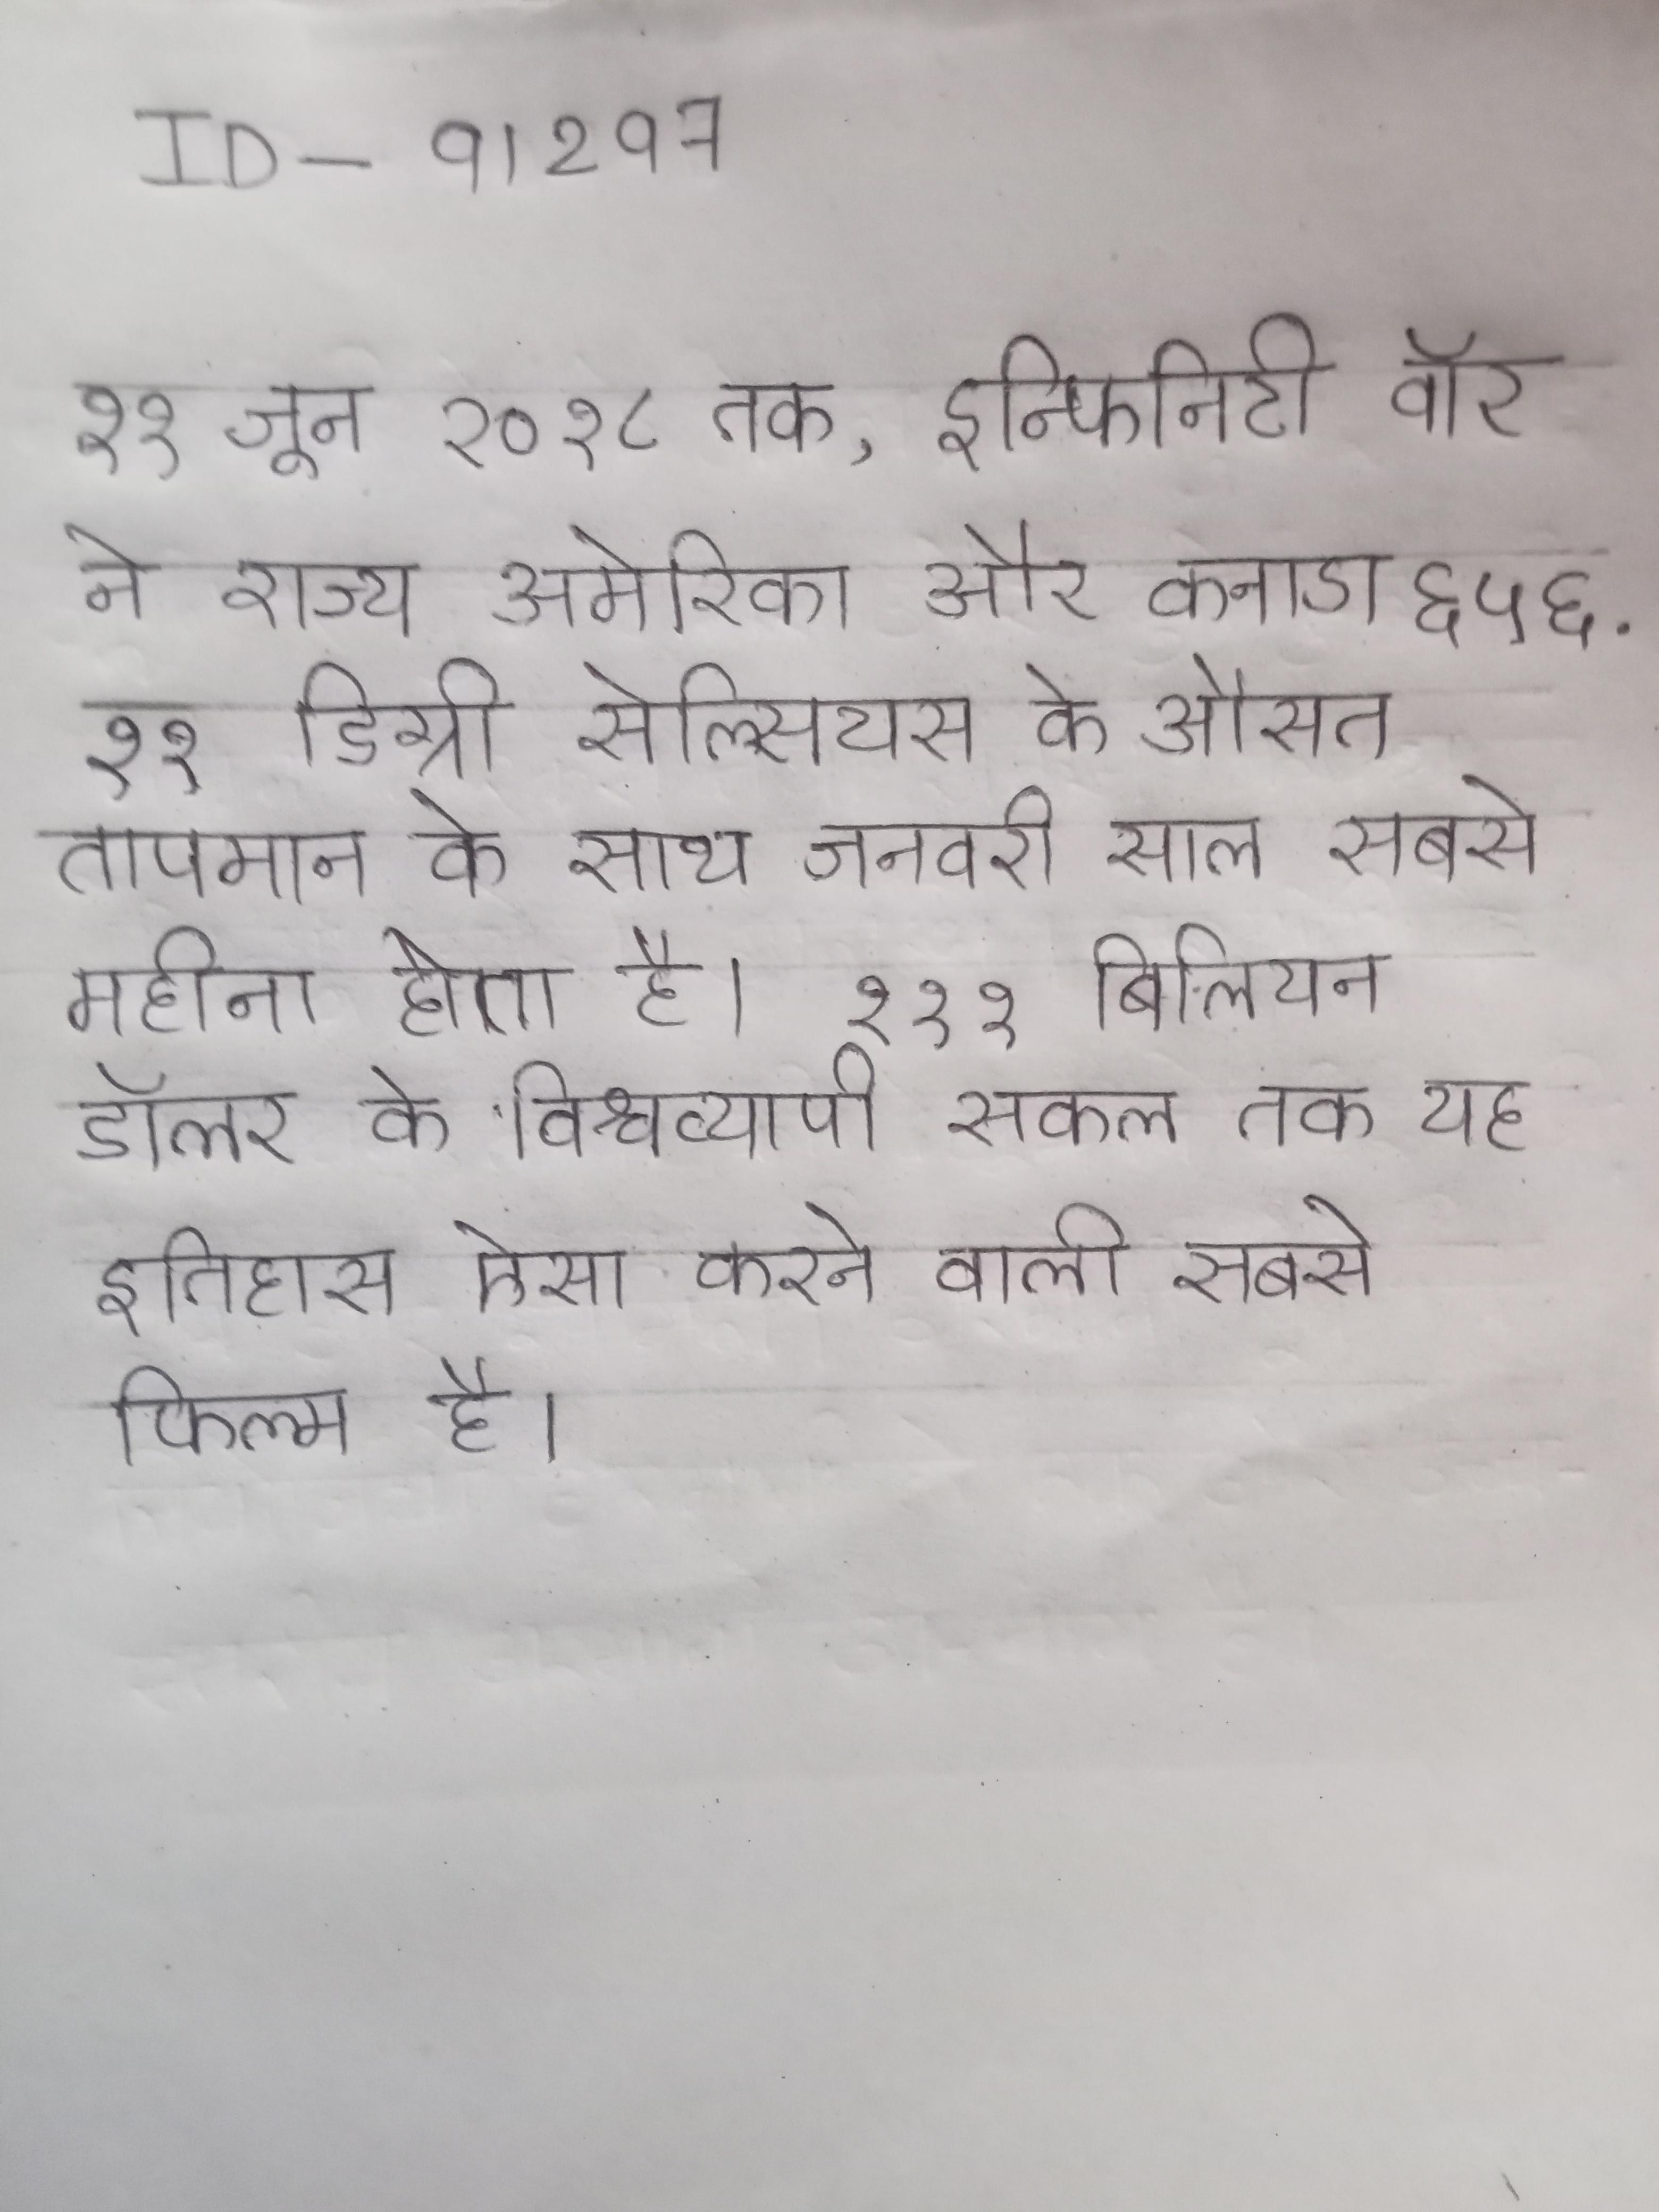
११ जून २०१८ तक, इन्फिनिटी वॉर ने राज्य अमेरिका और कनाडा ६५६ . ११ डिग्री सेल्सियस के औसत तापमान के साथ जनवरी साल सबसे महीना होता है । ११ १ बिलियन डॉलर के विश्वव्यापी सकल तक यह इतिहास ऐसा करने वाली सबसे फिल्म है ।